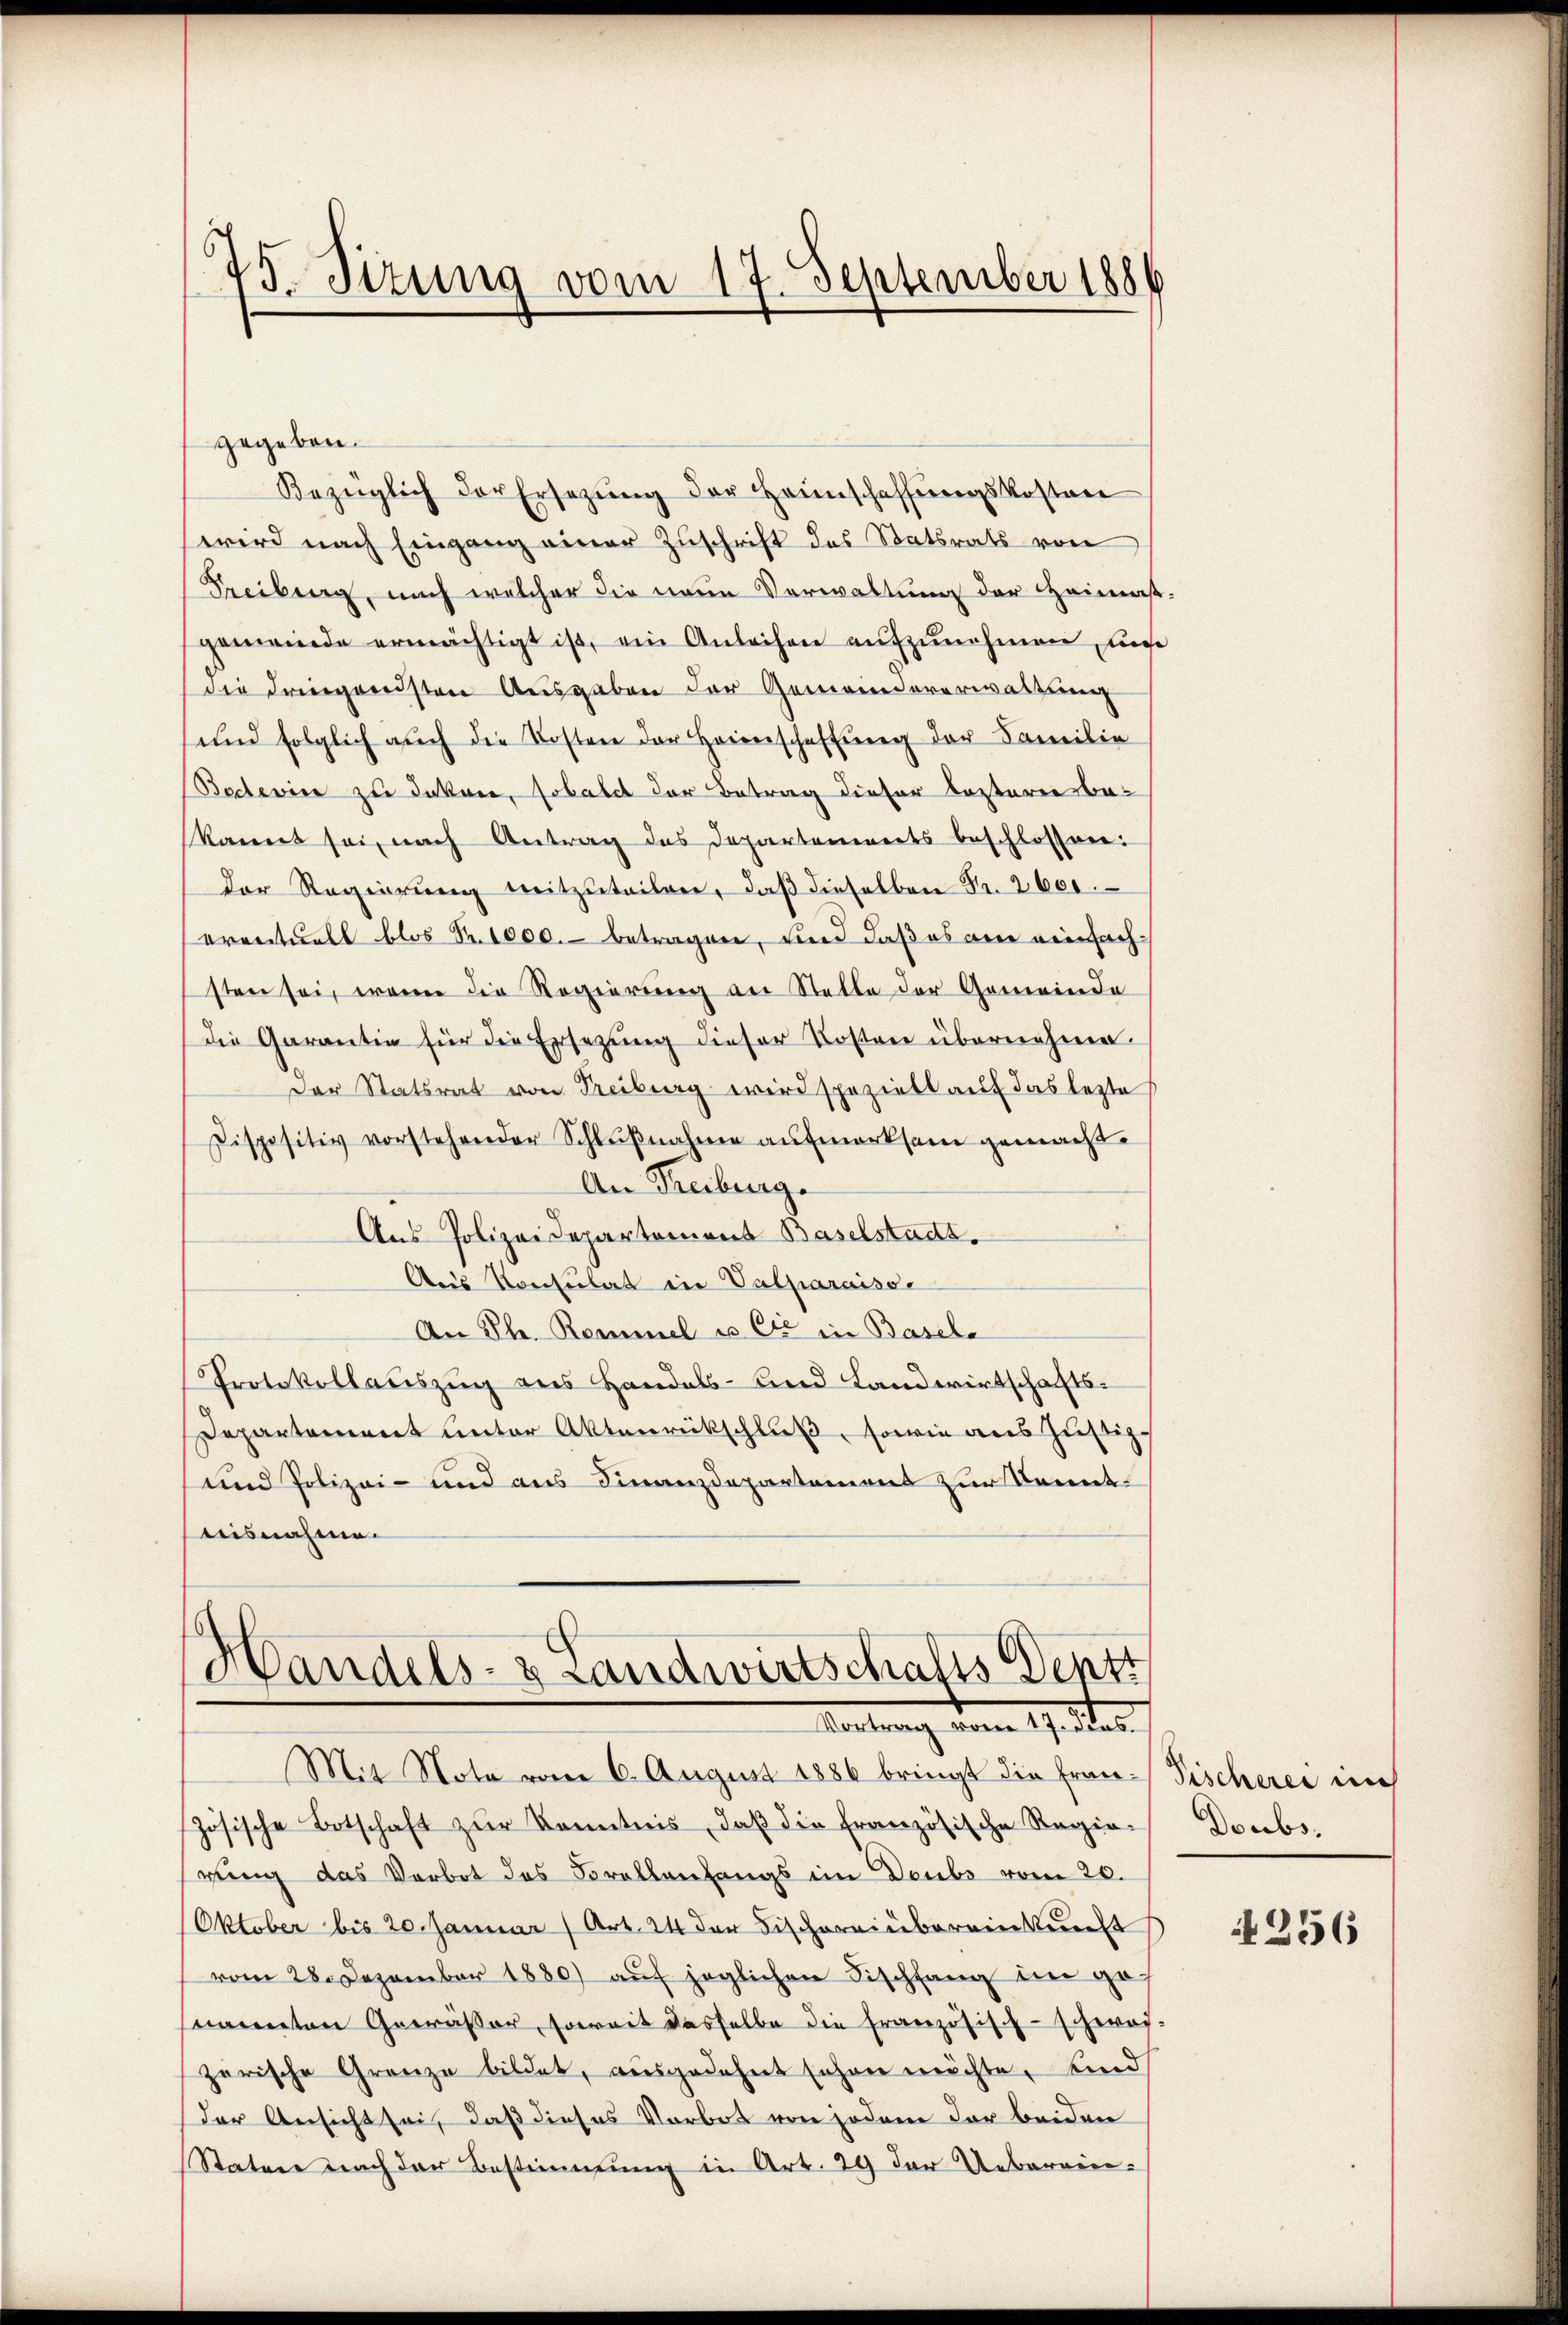
5
.
v. Titung vom 17. September 1886

gegeben.
Bezüglich der Ersezung der Heimschaffŭngskosten
wird nach Eingang einer Zuschrift des Statsrats von
Freiburg, nach welcher die neue Verwaltung der Heimasgemeinde ermächtigt ist, ein Anleihen aufzunehmen, un
die dringendsten Ausgaben der Gemeindeverwaltung
ŭnd folglich aŭch die Kosten der Heimschaffŭng der Familie
Bederin zu Jakore, sobaldt der Betrag dieser leztere be-
(kannt sei, nach Antrag des Departennerts beschlossen:
Der Regierung mitzuteilen, daß dieselben Fr. 2600.
eventuell blos Nr. 1000.- betragen, und daß es ane neinfach-
sten sei, wenn die Regierung an Statte der Gemeinde
die Garantin für die Ersezung dieser Kosten übernehme
Der Statsrat von Freiburg wird speziell auf das lezte
Dispositiv vorstehender Schlŭβnahme aufmerksam gemacht.
An Freiburg.
Aus Polizeidepartemons Baselstadt.
Aus Konsulat in Valparaisse
An Ph. Remmel u. Cie in Basele
Protokollauszug aus Handels- und Landwirtschafts¬
Departement unter Aktenrückschluß, sowie aus Justiz¬
und Polizei- und aus Finanzdepartement zur Kenntteisnahme.

Handels- & Landwirtschafts-Deptt
Martirung vom 19. der

Mit Note vom 6. August 1886 bringt die Frau Tischerei nich
zösische Botschaft zŭr Kenntnis, daβ die französische Regie-
rung das Verbot des Forellenfangs im Deubs vom 20.
Oktober bis 20. Januar (Art. 24 der Bischereinbereinkunft
vom 28. Dezember 1880) auf jeglichen Fischfang im Hof
nannten Gewässer, soweit dasselbe die Französisch-schwafzerische Grenze bildet, ausgedehnt sehen möchte, sind
der Ansicht sei, daß dieses Vorbot von jedem der beiden
Statur nach der Bestimmung in Art. 29 der Ueberein-

Doubs.

256